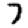
Digit: 7